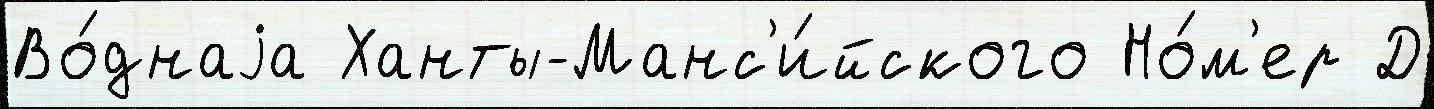
Во́днаjа Ханты-Манс'и́йского Но́м'ер Д